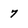
Character: 7